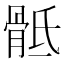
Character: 骶